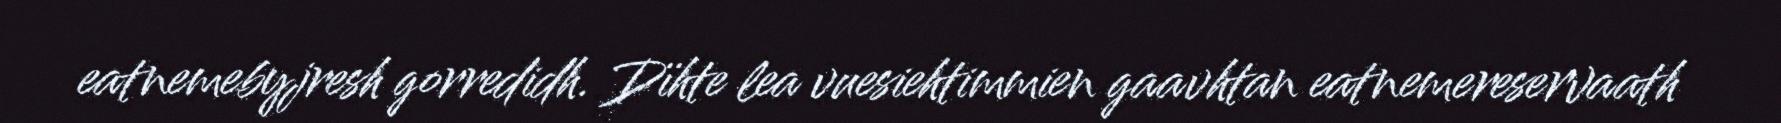
eatnemebyjresh gorredidh. Dïhte lea vuesiehtimmien gaavhtan eatnemereservaath